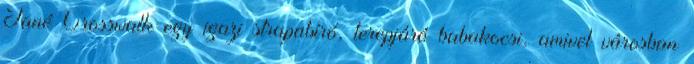
Jané Crosswalk egy igazi strapabíró, terepjáró babakocsi, amivel városban